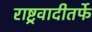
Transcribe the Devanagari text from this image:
राष्ट्रवादीतर्फे